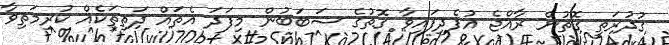
ގުދުރަތީ ގޮތުން ރާއްޖެ އުފެދިފައިވާ ގޮތުގެ ސަބަބުން މިފަދަ އެތައް ދަތިތަކެއް ކުރިމަތިވާ